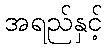
အရည်နှင့်